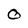
Character: O